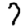
Digit: 7